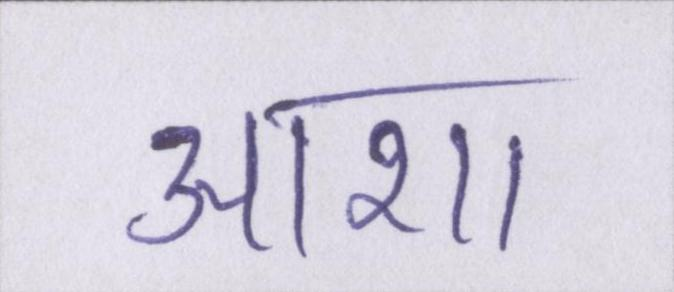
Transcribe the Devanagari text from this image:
आशा